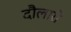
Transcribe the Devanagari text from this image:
दौलारी